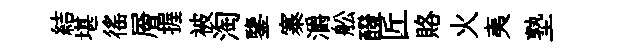
結堪徭層握被淘鑒寨灂舩醱匠賂火夷塾